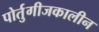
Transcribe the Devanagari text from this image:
पोर्तुगीजकालीन